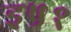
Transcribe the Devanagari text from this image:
इ५१